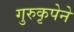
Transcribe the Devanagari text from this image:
गुरुकृपेने